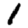
Digit: 1